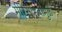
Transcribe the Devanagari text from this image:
मीरसाहेबांमुळे